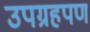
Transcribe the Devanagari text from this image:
उपग्रहपण